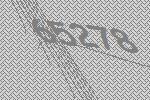
65278